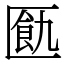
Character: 㔲